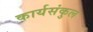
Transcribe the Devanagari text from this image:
कार्यसंकुल